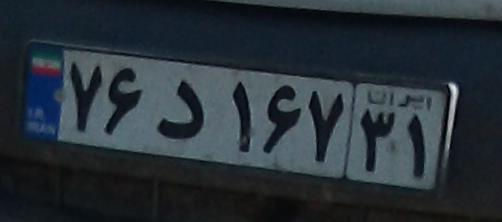
۷۶د۱۶۷۳۱